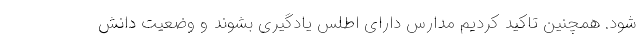
شود. همچنین تاکید کردیم مدارس دارای اطلس یادگیری بشوند و وضعیت دانش